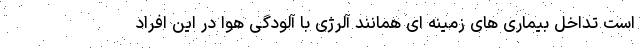
است تداخل بیماری های زمینه ای همانند آلرژی با آلودگی هوا در این افراد